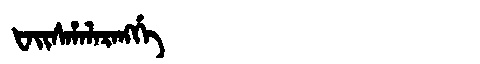
Manchu: ᡶᠠᡳᠰᡥᠠᠯᠠᡵᠠᠩᡤᡝ
Romanization: FAISHALARANGGE